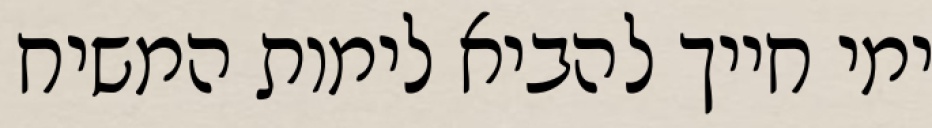
ימי חייך להביא לימות המשיח